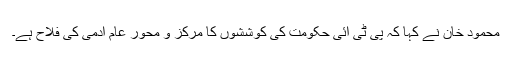
محمود خان نے کہا کہ پی ٹی آئی حکومت کی کوششوں کا مرکز و محور عام آدمی کی فلاح ہے۔